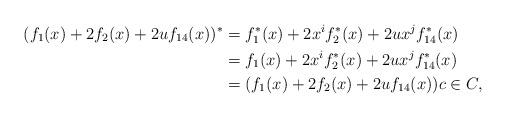
LaTeX: \begin{align*}(f_1(x)+2f_2(x)+2uf_{14}(x))^* & = f_1^*(x)+2x^if_2^*(x)+2ux^jf_{14}^*(x) \\ & = f_1(x)+2x^if_2^*(x)+2ux^jf_{14}^*(x) \\& = (f_1(x)+2f_2(x)+2uf_{14}(x))c \in C, \end{align*}